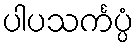
ပါပသင်္ကပ္ပံ